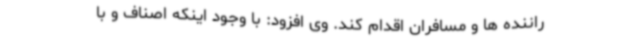
راننده ها و مسافران اقدام کند. وی افزود: با وجود اینکه اصناف و با